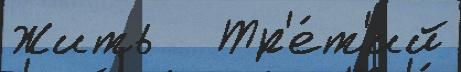
Жить   Тр'е́т'ий